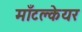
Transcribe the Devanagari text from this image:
माँटक्लेयर